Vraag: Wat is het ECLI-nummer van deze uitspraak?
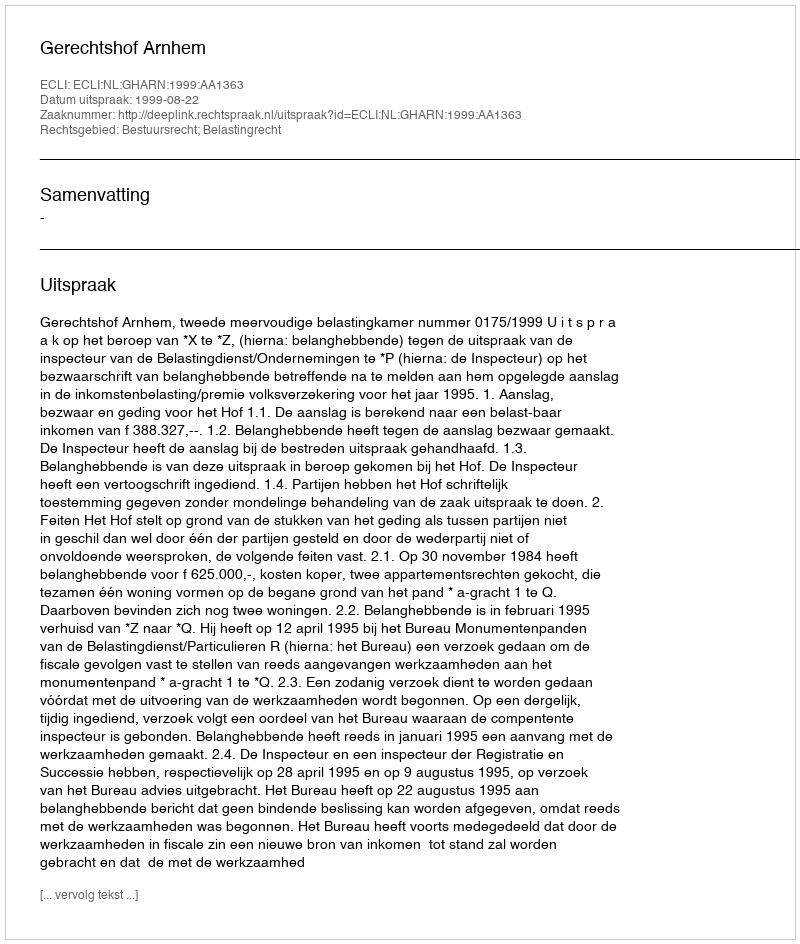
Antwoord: ECLI:NL:GHARN:1999:AA1363